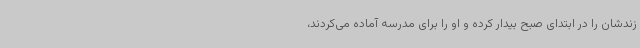
زندشان را در ابتدای صبح بیدار کرده و او را برای مدرسه آماده می‌کردند،